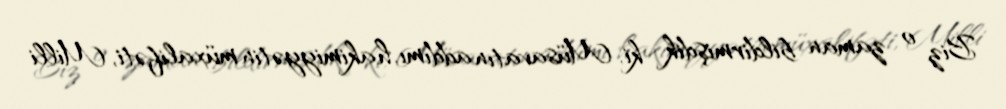
Biz o zaman bildirmişdik ki, Müsavatın addımı, hakimiyyətin müxalifəti, Milli